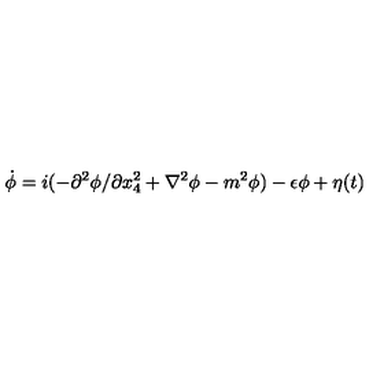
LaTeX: \dot { \phi } = i ( - \partial ^ { 2 } \phi / \partial x _ { 4 } ^ { 2 } + \nabla ^ { 2 } \phi - m ^ { 2 } \phi ) - \epsilon \phi + \eta ( t )